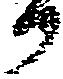
か